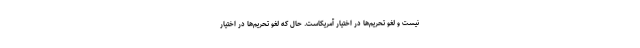
نیست و لغو تحریم‌ها در اختیار آمریکاست. حال که لغو تحریم‌ها در اختیار